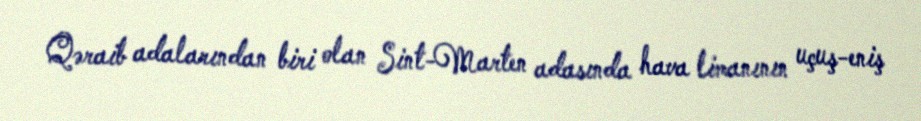
Qəraib adalarından biri olan Sint-Marten adasında hava limanının uçuş-eniş